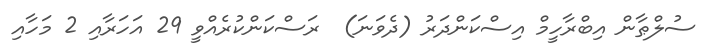
ސުލްޠާން އިބްރާހީމް އިސްކަންދަރު (ދެވަނަ)  ރަސްކަންކުރެއްވީ 29 އަހަރާއި 2 މަހާއި